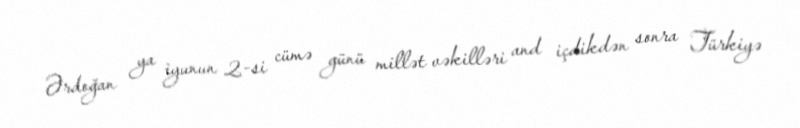
Ərdoğan ya iyunun 2-si cümə günü millət vəkilləri and içdikdən sonra Türkiyə